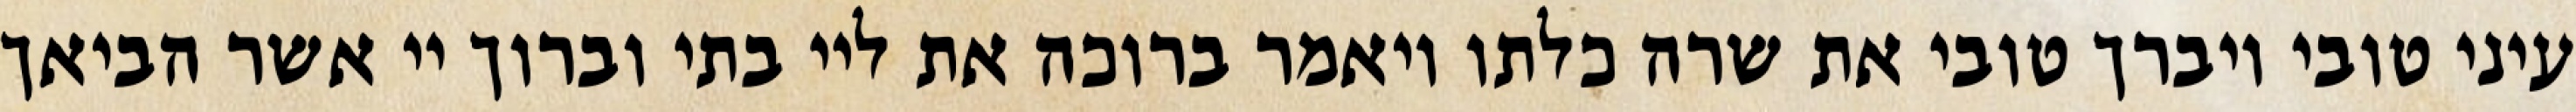
עיני טובי ויברך טובי את שרה כלתו ויאמר ברוכה את ליי בתי וברוך יי אשר הביאך